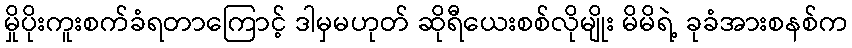
မှိုပိုးကူးစက်ခံရတာကြောင့် ဒါမှမဟုတ် ဆိုရီယေးစစ်လိုမျိုး မိမိရဲ့ ခုခံအားစနစ်က